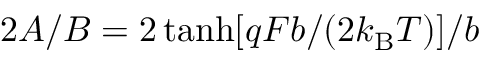
2 A / B = 2 \operatorname { t a n h } [ q F b / ( 2 k _ { \mathrm { B } } T ) ] / b